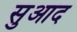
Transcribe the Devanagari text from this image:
सुआद